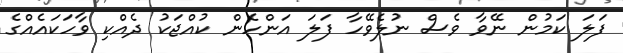
ފަލަ ކަމުން ނޭވާ ވެސް ނުލެވޭހާ ފަލަ އަންހެން ކުއްޖަކު ދެއްކި ވާހަކައެއްގެ